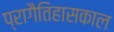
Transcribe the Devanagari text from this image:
प्रागैतिहासकाल